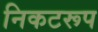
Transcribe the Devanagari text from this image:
निकटरूप